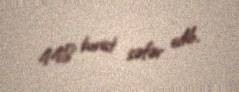
448 turist səfər edib.